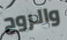
والروح